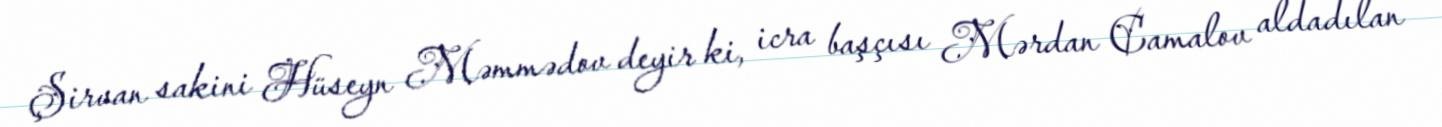
Şirvan sakini Hüseyn Məmmədov deyir ki, icra başçısı Mərdan Camalov aldadılan